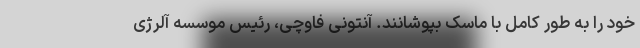
خود را به طور کامل با ماسک بپوشانند. آنتونی فاوچی، رئیس موسسه آلرژی